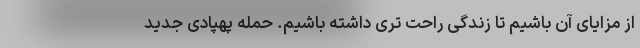
از مزایای آن باشیم تا زندگی راحت تری داشته باشیم. حمله پهپادی جدید